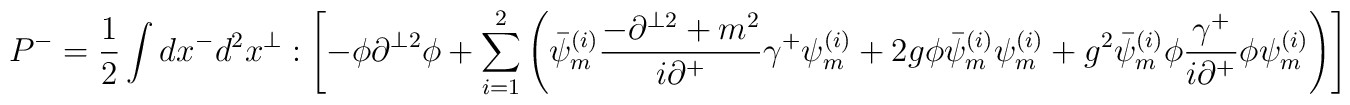
P^-=\frac{1}{2}\int dx^-d^2x^\perp : \left[  -\phi\partial^{\perp2}\phi +\sum_{i=1}^2\left( \bar\psi_{m}^{(i)}\frac{-\partial^{\perp2}+m^2}{i\partial^+}\gamma^+\psi_{m}^{(i)}+ 2g\phi \bar \psi_{m}^{(i)} \psi_{m}^{(i)} +g^2  \bar\psi_{m}^{(i)}\phi \frac{\gamma^+}{i\partial^+}\phi \psi_{m}^{(i)}\right)\right]:\;.